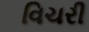
વિચરી